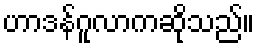
ဟာဒန်ဂူလာကဆိုသည်။